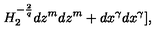
H _ { 2 } ^ { - \frac { 2 } { q } } d z ^ { m } d z ^ { m } + d x ^ { \gamma } d x ^ { \gamma } ] ,